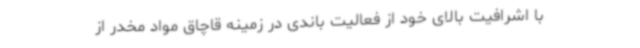
با اشرافیت بالای خود از فعالیت باندی در زمینه قاچاق مواد مخدر از